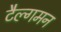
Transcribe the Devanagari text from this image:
टैल्गमन